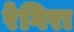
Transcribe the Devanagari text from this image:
रेगिरा